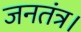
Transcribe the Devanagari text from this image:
जनतंत्र।